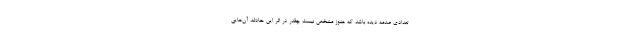
تعدادی صدمه دیده باشد که هنوز مشخص نیست چقدر در اثر این حادثه، آن‌هایی